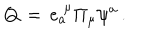
LaTeX: Q \, = \, e _ { a } ^ { \; \mu } \Pi _ { \mu } \psi ^ { a } \, .